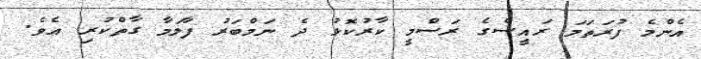
އެންމެ ފުރަތަމަ ރައީސްގެ ރަސްމީ ކާރުކޮޅު ދެ ނަމްބަރު ފާލަމާ ގާތްކުރި އެވެ.